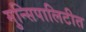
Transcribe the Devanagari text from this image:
मुन्सिपालिटीत